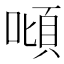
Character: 𠼴